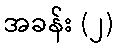
အခန်း (၂)